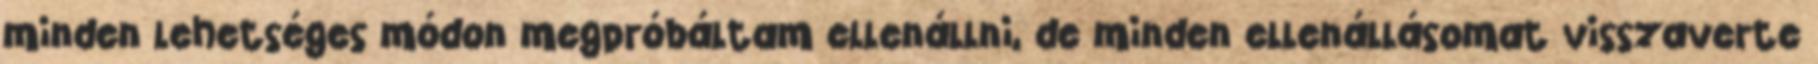
minden lehetséges módon megpróbáltam ellenállni, de minden ellenállásomat visszaverte